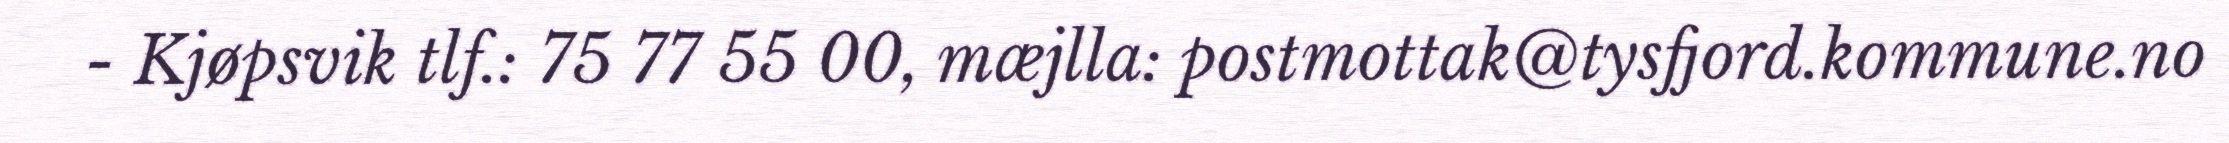
- Kjøpsvik tlf.: 75 77 55 00, mæjlla: postmottak@tysfjord.kommune.no